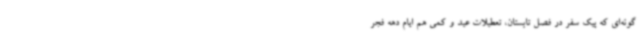
گونه‌ای که پیک سفر در فصل تابستان، تعطیلات عید و کمی هم ایام دهه فجر